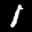
Digit: 1